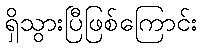
ရှိသွားပြီဖြစ်ကြောင်း